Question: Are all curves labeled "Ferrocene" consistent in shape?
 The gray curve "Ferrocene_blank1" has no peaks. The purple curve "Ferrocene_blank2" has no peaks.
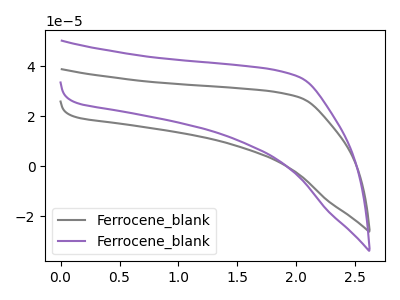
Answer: <think>Neither "Ferrocene_blank1" or "Ferrocene_blank2" have any peaks.
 </think>
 <answer>All the CV's of "Ferrocene" have similar shape.</answer>
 <eval>follow_rule</eval>